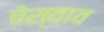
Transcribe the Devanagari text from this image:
चेस्वाव